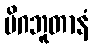
မိဂဘူတာနံ